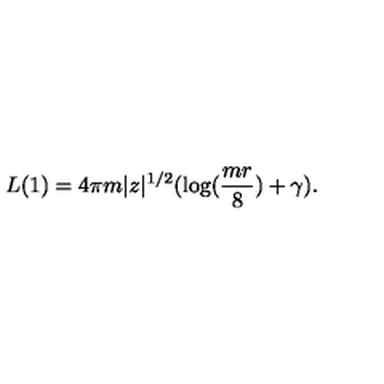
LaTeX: L ( 1 ) = 4 \pi m | z | ^ { 1 / 2 } ( \log ( { \frac { m r } { 8 } } ) + \gamma ) .